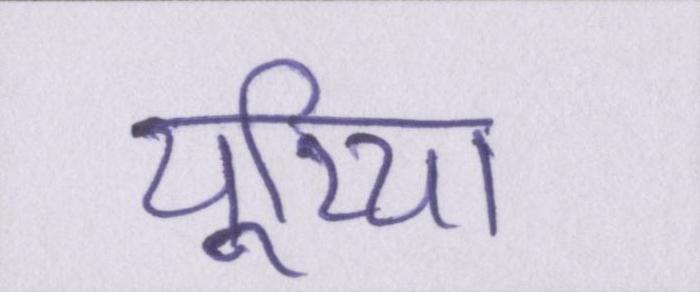
यूरिया